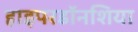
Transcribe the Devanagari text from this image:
हाइपरडॉनशिया